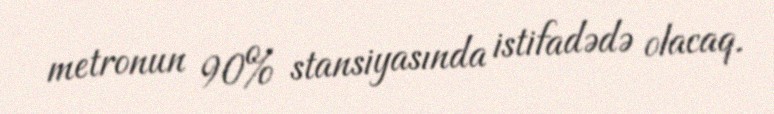
metronun 90% stansiyasında istifadədə olacaq.